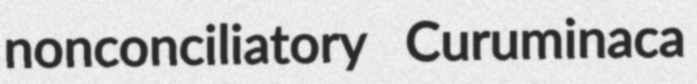
nonconciliatory Curuminaca